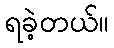
ရခဲ့တယ်။